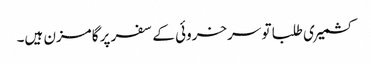
کشمیری طلبا تو سرخروئی کے سفر پر گامزن ہیں۔